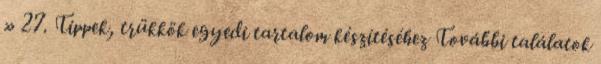
» 27. Tippek, trükkök egyedi tartalom készítéséhez További találatok